Sketch of the medical history of the native army of Bombay, for the year
Year: 1872
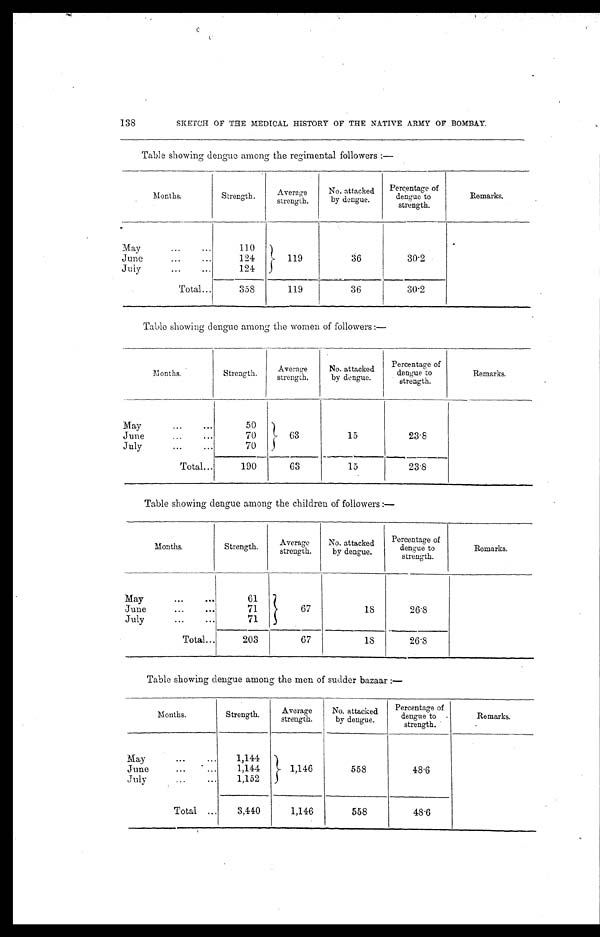
138
SKETCH OF THE MEDICAL HISTORY OF THE NATIVE ARMY OF BOMBAY.
Table showing dengue among the regimental followers:—
M o n t h s .
Strength.
Average
strength.
No. attacked
by dengue.
Percentage of
dengue to
strength.
Remarks.
May
110
119
36
30.2
June
124
July
124
Total
358
119
36
30.2
Table showing dengue among the women of followers:—
Months.
Strength.
Average
strength.
No. attacked
by dengue.
Percentage of
dengue to
strength.
Remarks.
May
50
63
15
23.8
June
70
July
70
Total
190
63
15
23.8
Table showing dengue among the children of followers:—
Months.
Strength.
Average
strength.
No. attacked
by dengue.
Percentage of
dengue to
strength.
Remarks.
May
61
67
18
26.8
June
71
July
71
Total
203
67
18
26.8
Table showing dengue among the men of sudden bazaar:—
Months.
Strength.
Average
strength.
No. attacked
by dengue.
Percentage of
dengue to
strength.
Remarks.
May
1,144
1,146
558
48.6
June
1,144
July
1,152
Total
3,440
1,146
558
48.6